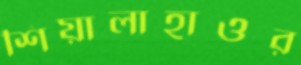
শিয়ালাহাওর